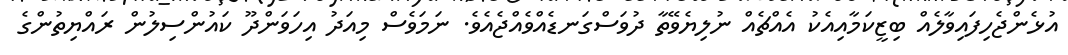
އުޅެންޖެހިފައިވާލެއް ބިޒީކަމާއިއެކު އެއްޗެއް ނުލިޔެވޭތާ ދުވަސްގަނޑެއްވެއްޖެއެވެ. ނަމަވެސް މިއަދު އިހަވަންދޫ ކައުންސިލުން ރައްޔިތުންގެ